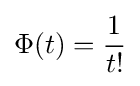
\Phi (t)={1 \over t!}